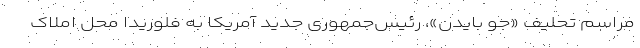
مراسم تحلیف «جو بایدن»، رئیس‌جمهوری جدید آمریکا به فلوریدا محل املاک